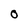
Character: 0